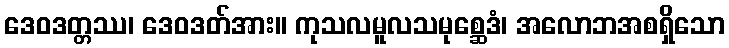
ဒေဝဒတ္တဿ၊ ဒေဝဒတ်အား။ ကုသလမူလသမုစ္ဆေဒံ၊ အလောဘအစရှိသော